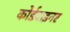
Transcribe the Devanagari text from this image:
कोर्डवाइनर